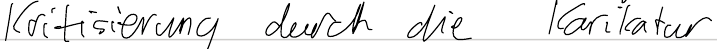
Kritisierung durch die Karikatur